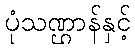
ပုံသဏ္ဌာန်နှင့်